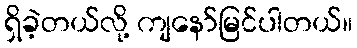
ရှိခဲ့တယ်လို့ ကျနော်မြင်ပါတယ်။